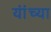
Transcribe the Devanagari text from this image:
यांंच्या